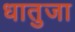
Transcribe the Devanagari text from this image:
धातुजा